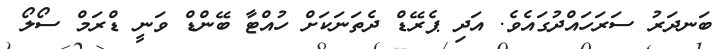
ބަނދަރު ސަރަހައްދުގައެވެ. އަދި ޕެރޭޑް ދެތަނަކަށް ހުއްޓާ ބޭންޑް ވަނީ ޑްރަމް ސޯލޯ